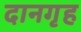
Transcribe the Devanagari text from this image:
दानगृह